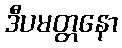
ဒီပမတ္တနော